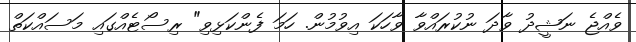
ވެއްޖެ ނަޝީދު ވާދަ ނުކުރައްވާ ވާހަކަ އިވުމުން. ހަމަ ފެންކަޅިިވި" ރިސޯޓެއްގައި މަަސައްކަތް